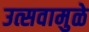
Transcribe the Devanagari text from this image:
उत्सवामुळे